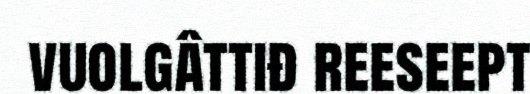
vuolgâttiđ reeseept